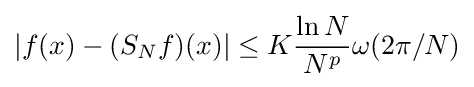
|f(x)-(S_{N}f)(x)|\leq K{\ln N \over N^{p}}\omega (2\pi /N)